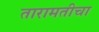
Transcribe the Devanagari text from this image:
तारामतीचा